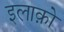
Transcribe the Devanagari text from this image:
इलाक़ो